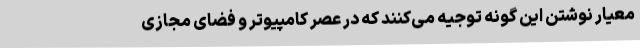
معیار نوشتن این گونه توجیه می‌کنند که در عصر کامپیوتر و فضای مجازی